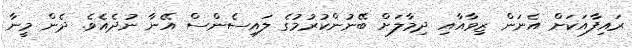
ރައިފާއަކަށް އެނަން ޒިވާއާއި ދިމާލަށް ބޭނުންކުރުމުގެ ލައިސެންސް އޭނާ ނުދެއެވެ. ދެން މީނާ